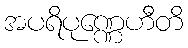
အပရိပုဏ္ဏေဟီတိ